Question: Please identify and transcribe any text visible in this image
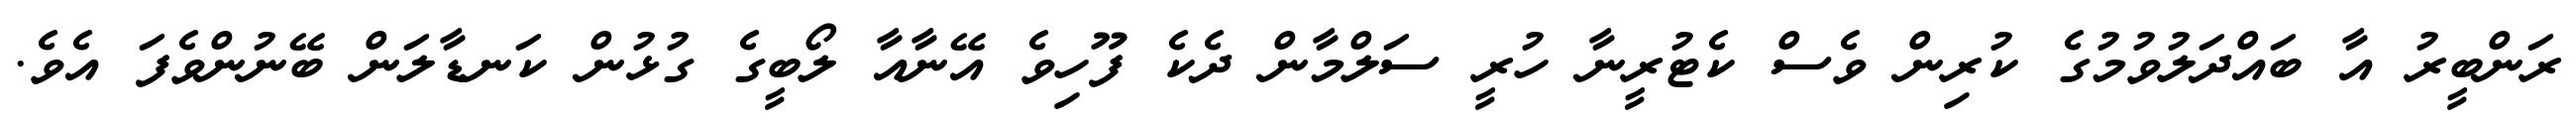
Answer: ރަންބީރު އާ ބައްދަލުވުމުގެ ކުރިން ވެސް ކެޓުރީނާ ހުރީ ސަލްމާން ދެކެ ފޫހިވެ އޭނާއާ ލޯބީގެ ގުޅުން ކަނޑާލަން ބޭނުންވެފަ އެވެ.